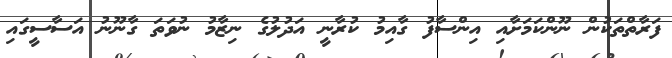
ފަރާތްތަކުން ނޫންކަމަށާއި އިންސާފު ގާއިމު ކުރާނީ އަދުލުގެ ނިޒާމު ނުވަތަ ގާނޫނު އަސާސީގައި